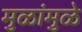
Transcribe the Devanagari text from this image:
मुळांमुळे